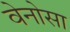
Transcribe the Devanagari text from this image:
वेनोसा